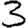
Digit: 3